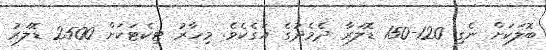
ބޮލަކަށް ނެގި 120-150 ޑޮލަރާ ދެމެދުގެ އަގެކެވެ. މިހާރު ޓިކެޓަކަށް 2500 ޑޮލަރު